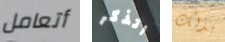
أتعامل اتذكر بذلك